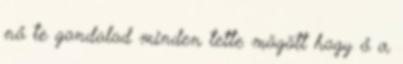
nő te gondolod minden tette mögött hogy ő a